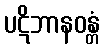
ပဋိဘာနဝန္တံ